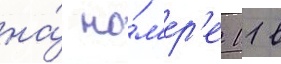
на́ но́м'ер'е 11 в